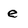
Character: e